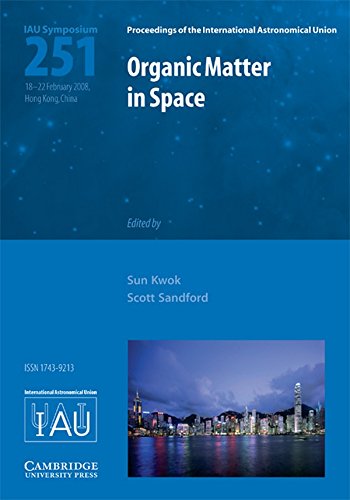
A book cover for Organic Matter in Space (IAU S251) (Proceedings of the International Astronomical Union Symposia and Colloquia); Science & Math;